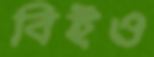
বিইও